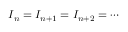
I _ { n } = I _ { n + 1 } = I _ { n + 2 } = \cdots